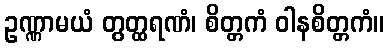
ဥဏ္ဏာမယံ တွတ္ထရဏံ၊ စိတ္တကံ ဝါနစိတ္တကံ။